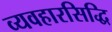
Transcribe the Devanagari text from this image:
व्यवहारसिद्धि